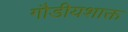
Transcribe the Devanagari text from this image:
गौडीयशाक्त